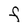
Character: F